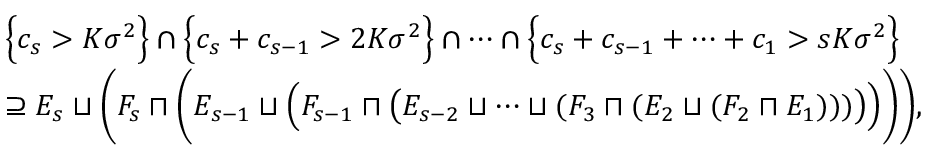
\begin{array} { r l } & { \Big \{ c _ { s } > K \sigma ^ { 2 } \Big \} \cap \Big \{ c _ { s } + c _ { s - 1 } > 2 K \sigma ^ { 2 } \Big \} \cap \cdots \cap \Big \{ c _ { s } + c _ { s - 1 } + \cdots + c _ { 1 } > s K \sigma ^ { 2 } \Big \} } \\ & { \supseteq E _ { s } \sqcup \Bigg ( F _ { s } \sqcap \bigg ( E _ { s - 1 } \sqcup \Big ( F _ { s - 1 } \sqcap \big ( E _ { s - 2 } \sqcup \cdots \sqcup ( F _ { 3 } \sqcap ( E _ { 2 } \sqcup ( F _ { 2 } \sqcap E _ { 1 } ) ) ) \big ) \Big ) \bigg ) \Bigg ) , } \end{array}